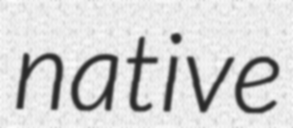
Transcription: native